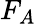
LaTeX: F_{A}